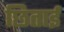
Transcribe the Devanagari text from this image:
छिताई